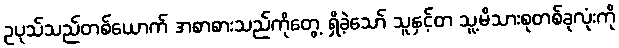
ဥပုသ်သည်တစ်ယောက် အစာစားသည်ကိုတွေ့ ရှိခဲ့သော် သူနှင့်တ သူ့မိသားစုတစ်ခုလုံးကို